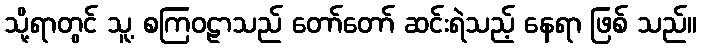
သို့ရာတွင် သူ့ စကြဝဠာသည် တော်တော် ဆင်းရဲသည့် နေရာ ဖြစ် သည်။